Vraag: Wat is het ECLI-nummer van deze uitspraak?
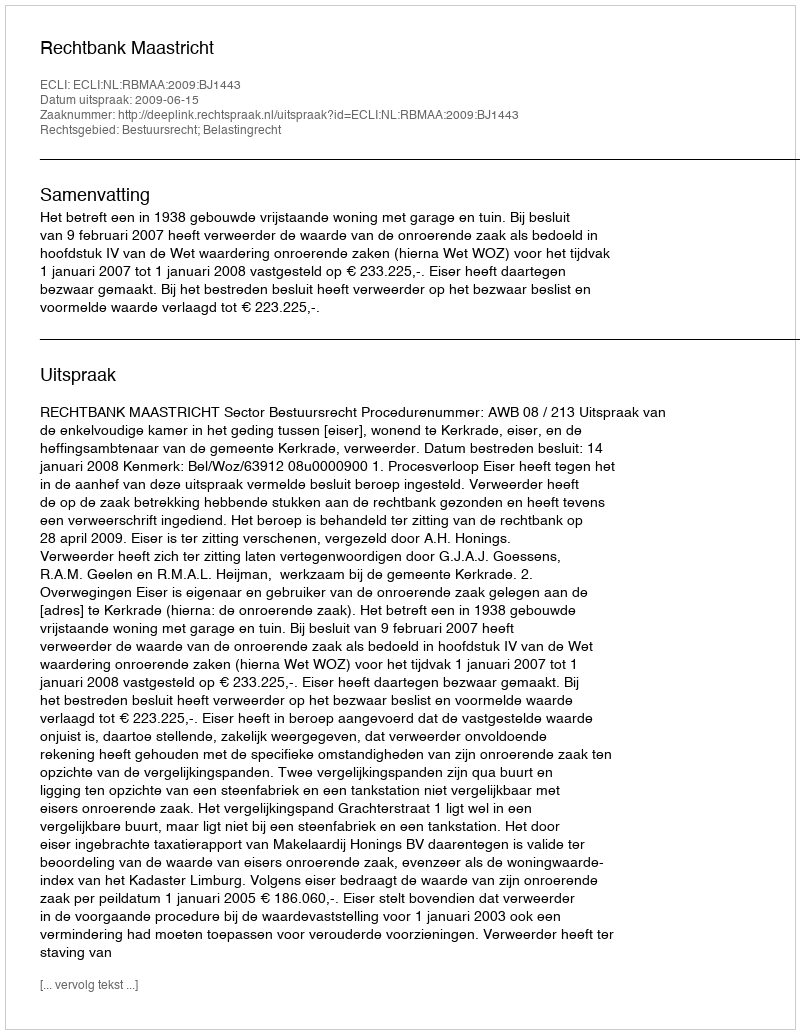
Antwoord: ECLI:NL:RBMAA:2009:BJ1443